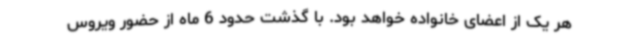
هر یک از اعضای خانواده خواهد بود. با گذشت حدود 6 ماه از حضور ویروس